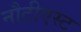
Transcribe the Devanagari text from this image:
नौटीएस्ट